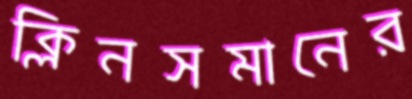
ক্লিনসমানের